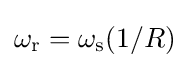
\omega _{\text{r}}=\omega _{\text{s}}(1/R)